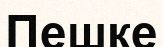
Пешке